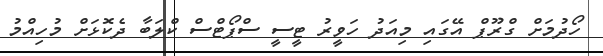
ހޯދުމަށް ގްރޫޕް އޭގައި މިއަދު ހަވީރު ޓީސީ ސްޕޯޓްސް ކްލަބާ ދެކޮޅަށް މުހިއްމު